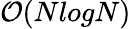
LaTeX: \mathcal{O}(NlogN)